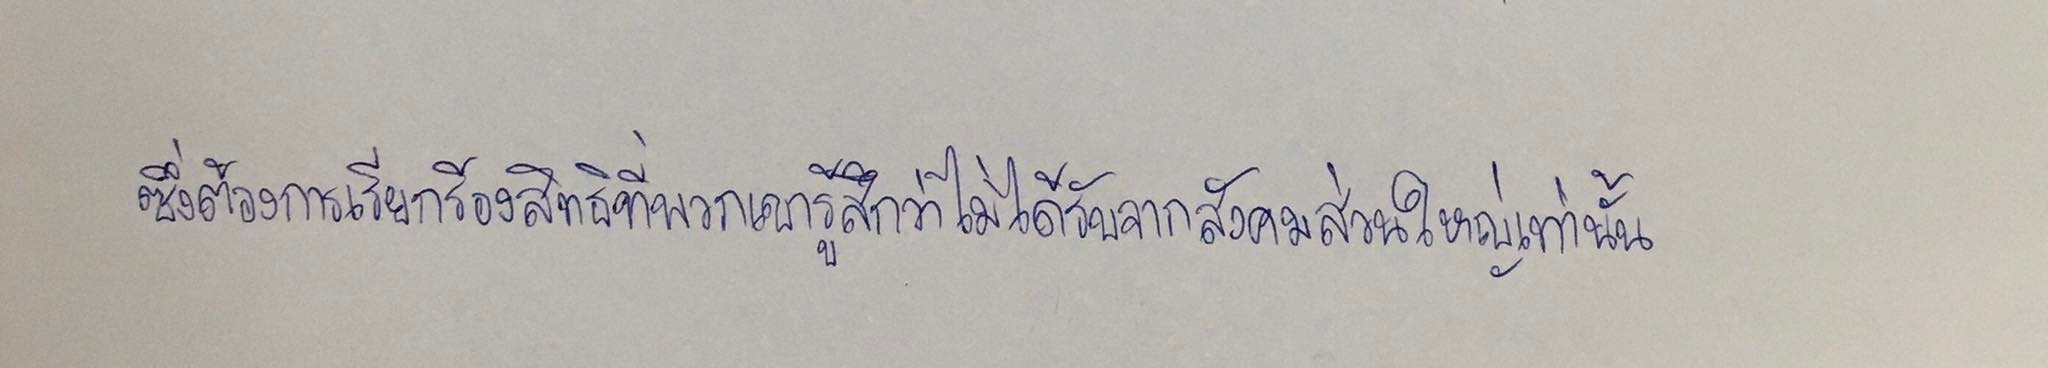
ซึ่งต้องการเรียกร้องสิทธิที่พวกเขารู้สึกว่าไม่ได้รับจากสังคมส่วนใหญ่เท่านั้น